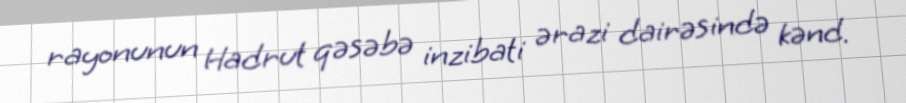
rayonunun Hadrut qəsəbə inzibati ərazi dairəsində kənd.